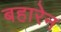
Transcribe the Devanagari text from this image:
बहारेन